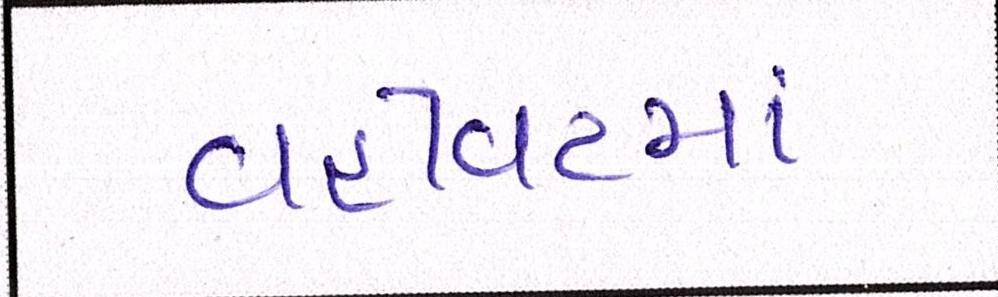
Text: વહીવટમાં